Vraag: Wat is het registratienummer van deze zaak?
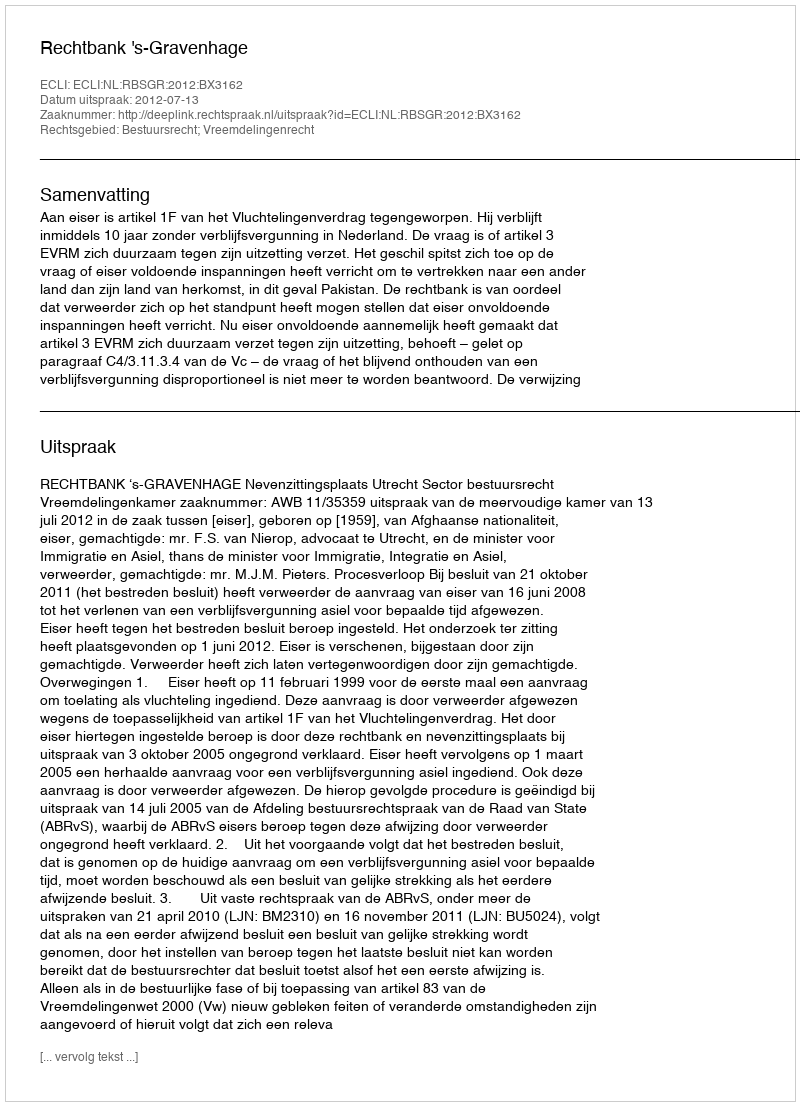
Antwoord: http://deeplink.rechtspraak.nl/uitspraak?id=ECLI:NL:RBSGR:2012:BX3162